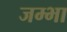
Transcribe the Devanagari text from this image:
जम्भा